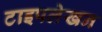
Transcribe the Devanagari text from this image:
टाइपलेखन